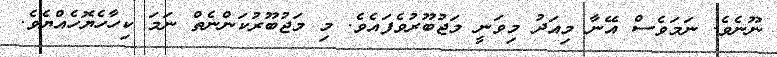
ނޫނެވެ. ނަމަވެސް އޭނާ މިއަދު މިވަނީ މަޖުބޫރުވެފައެވެ. މި މަޖުބޫރުކަންނެތް ނަމަ ކިހާހެޔޮހެއްޔެވެ.